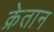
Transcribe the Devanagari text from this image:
क्रेतान